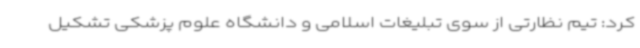
کرد: تیم نظارتی از سوی تبلیغات اسلامی و دانشگاه علوم پزشکی تشکیل